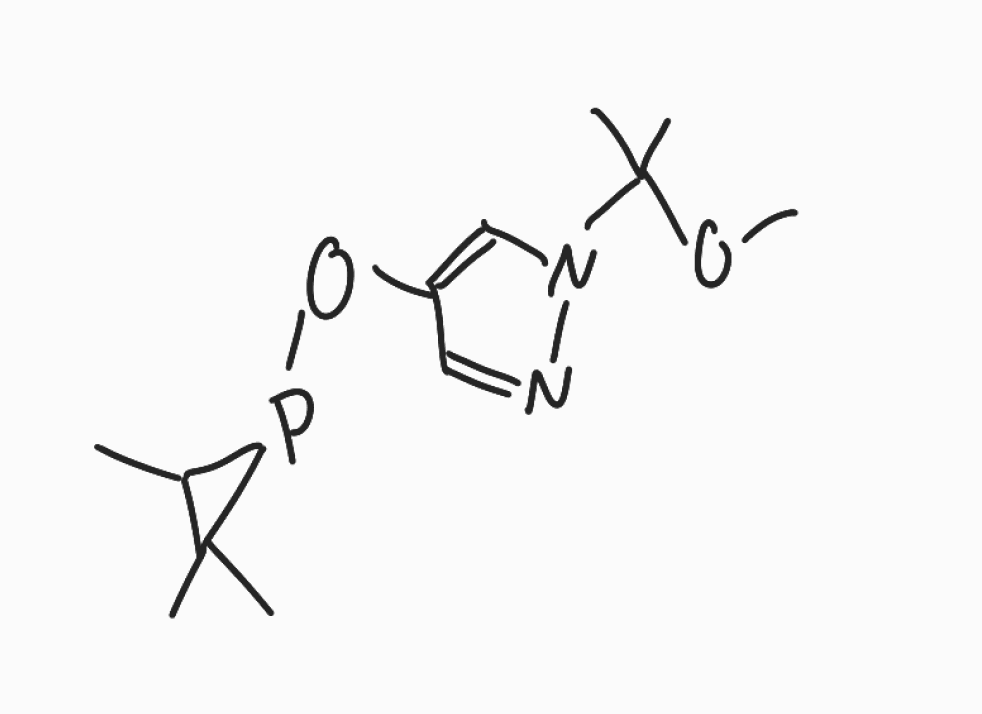
Simplified molecular-input line-entry system (SMILES) notation of the given molecule:
CC1C(P1OC2=CN(N=C2)C(C)(C)OC)(C)C